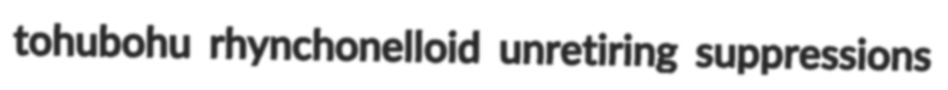
tohubohu rhynchonelloid unretiring suppressions